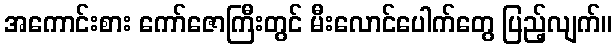
အကောင်းစား ကော်ဇောကြီးတွင် မီးလောင်ပေါက်တွေ ပြည့်လျက်။